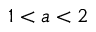
1 < a < 2